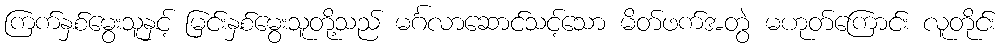
ကြက်နှစ်မွေးသူနှင့် မြင်းနှစ်မွေးသူတို့သည် မင်္ဂလာဆောင်သင့်သော မိတ်ဖက်အတွဲ မဟုတ်ကြောင်း လူတိုင်း